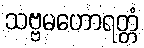
သဗ္ဗမဟောရတ္တံ